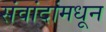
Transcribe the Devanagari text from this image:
संवांदांमधून